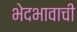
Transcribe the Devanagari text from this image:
भेदभावाची